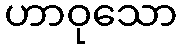
ဟာဝုသော